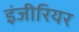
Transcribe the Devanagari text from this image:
इंजीरियर